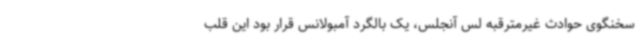
سخنگوی حوادث غیرمترقبه لس آنجلس، یک بالگرد آمبولانس قرار بود این قلب